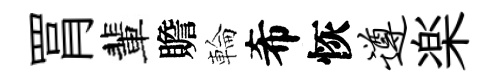
罥輩贍輪希恢遵楽